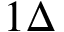
1 \Delta